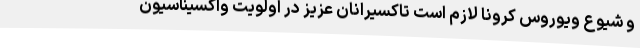
و شیوع ویوروس کرونا لازم است تاکسیرانان عزیز در اولویت واکسیناسیون